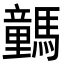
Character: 𩦍